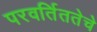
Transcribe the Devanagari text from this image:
परवर्तिततेचे